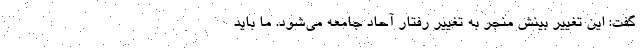
گفت: این تغییر بینش منجر به تغییر رفتار آحاد جامعه می‌شود. ما باید